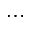
\cdots